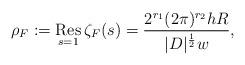
LaTeX: \begin{align*} \rho_F := \operatorname*{Res}_{s=1} \zeta_F(s) = \frac{2^{r_1} (2\pi)^{r_2} h R}{|D|^{\frac{1}{2}} w},\end{align*}